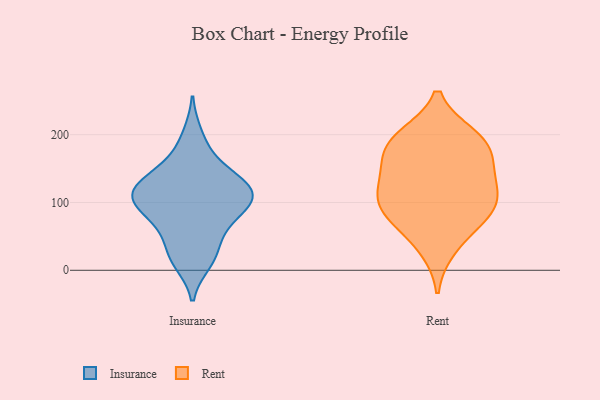
{"axis": {"x": "Headcount", "y": "Value"}, "legend": ["Insurance", "Rent"], "data": [{"x": "", "y": 110, "type": "Insurance"}, {"x": "", "y": 169, "type": "Insurance"}, {"x": "", "y": 113, "type": "Insurance"}, {"x": "", "y": 21, "type": "Insurance"}, {"x": "", "y": 111, "type": "Insurance"}, {"x": "", "y": 59, "type": "Insurance"}, {"x": "", "y": 146, "type": "Insurance"}, {"x": "", "y": 56, "type": "Insurance"}, {"x": "", "y": 96, "type": "Insurance"}, {"x": "", "y": 12, "type": "Insurance"}, {"x": "", "y": 137, "type": "Insurance"}, {"x": "", "y": 116, "type": "Insurance"}, {"x": "", "y": 21, "type": "Insurance"}, {"x": "", "y": 132, "type": "Insurance"}, {"x": "", "y": 79, "type": "Insurance"}, {"x": "", "y": 99, "type": "Insurance"}, {"x": "", "y": 90, "type": "Insurance"}, {"x": "", "y": 200, "type": "Insurance"}, {"x": "", "y": 119, "type": "Insurance"}, {"x": "", "y": 181, "type": "Rent"}, {"x": "", "y": 197, "type": "Rent"}, {"x": "", "y": 64, "type": "Rent"}, {"x": "", "y": 198, "type": "Rent"}, {"x": "", "y": 155, "type": "Rent"}, {"x": "", "y": 32, "type": "Rent"}, {"x": "", "y": 90, "type": "Rent"}, {"x": "", "y": 110, "type": "Rent"}, {"x": "", "y": 188, "type": "Rent"}, {"x": "", "y": 113, "type": "Rent"}, {"x": "", "y": 82, "type": "Rent"}, {"x": "", "y": 96, "type": "Rent"}, {"x": "", "y": 134, "type": "Rent"}, {"x": "", "y": 151, "type": "Rent"}]}